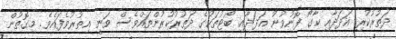
ދަތުރުކުރި އަދަދާއި ކާގޯ ފޮނުވުނު އަދަދާއި ބޯޓުތަކުގެ ދަތުރުކުރުންތައްވެސް ވަނީ އިތުރުވެފައެވެ. މިގޮތުން